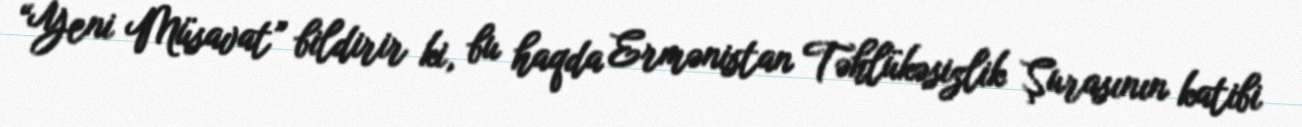
“Yeni Müsavat” bildirir ki, bu haqda Ermənistan Təhlükəsizlik Şurasının katibi